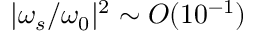
| \omega _ { s } / \omega _ { 0 } | ^ { 2 } \sim O ( 1 0 ^ { - 1 } )